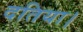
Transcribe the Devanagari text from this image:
दतिया।